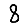
Digit: 8